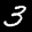
Label: 3